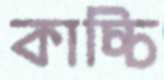
কাচ্চি